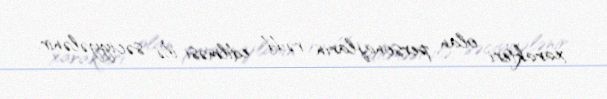
xarakteri olan personajların rədd edilməsi ilə səciyyələnir.